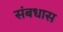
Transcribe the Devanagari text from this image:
संबधास